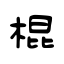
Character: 棍